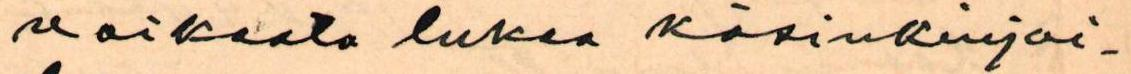
vaikeata lukea käsinkirjoi-